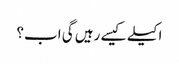
اکیلے کیسے رہیں گی اب؟